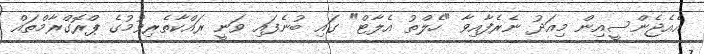
އެއެޖެންސީއިން މިއަދު ނެރެފާއިވާ "ހެލްތު އެލާޓް" ގައި ބުނެފައި ވަނީ ރައްކާތެރިވުމުގެ ޕްރޮގްރާމްތައް